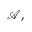
{ \mathcal { A } } ,